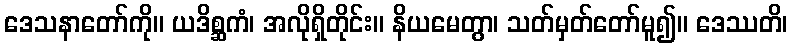
ဒေသနာတော်ကို။ ယဒိစ္ဆကံ၊ အလိုရှိတိုင်း။ နိယမေတွာ၊ သတ်မှတ်တော်မူ၍။ ဒေဿတိ၊